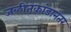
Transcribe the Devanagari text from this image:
जळीतकांडानंतर